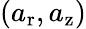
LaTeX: (a_{\mathrm{r}},a_{\mathrm{z}})